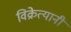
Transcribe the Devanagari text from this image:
विक्रेत्यानी